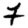
Digit: 7